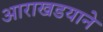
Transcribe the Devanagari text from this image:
आराखडयाने